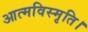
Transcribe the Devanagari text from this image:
आत्मविस्मृति।